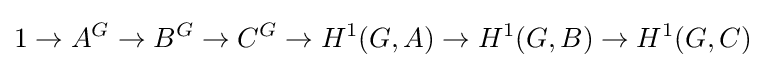
1\to A^{G}\to B^{G}\to C^{G}\to H^{1}(G,A)\to H^{1}(G,B)\to H^{1}(G,C)